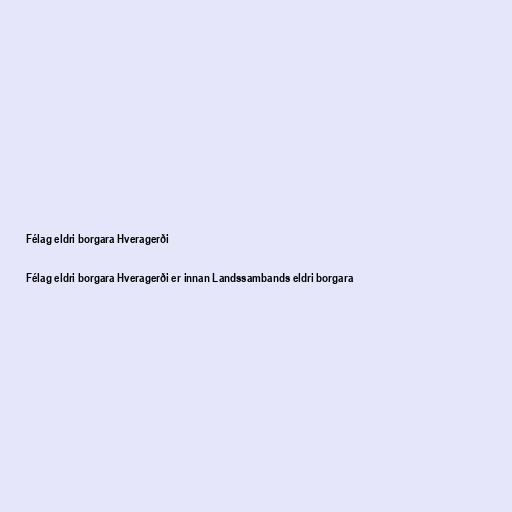
Félag eldri borgara Hveragerði

Félag eldri borgara Hveragerði er innan Landssambands eldri borgara